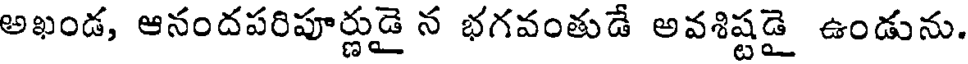
అఖండ, ఆనందపరిపూర్ణుడై న భగవంతుడే అవశిష్టడై ఉండును.